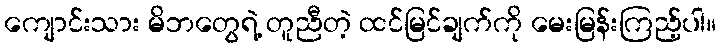
ကျောင်းသား မိဘတွေရဲ့ တူညီတဲ့ ထင်မြင်ချက်ကို မေးမြန်းကြည့်ပါ။